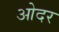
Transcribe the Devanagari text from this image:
ओदर